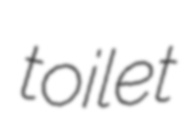
toilet